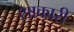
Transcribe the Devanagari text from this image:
शाकारी